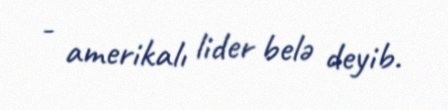
- amerikalı lider belə deyib.